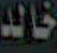
خالد